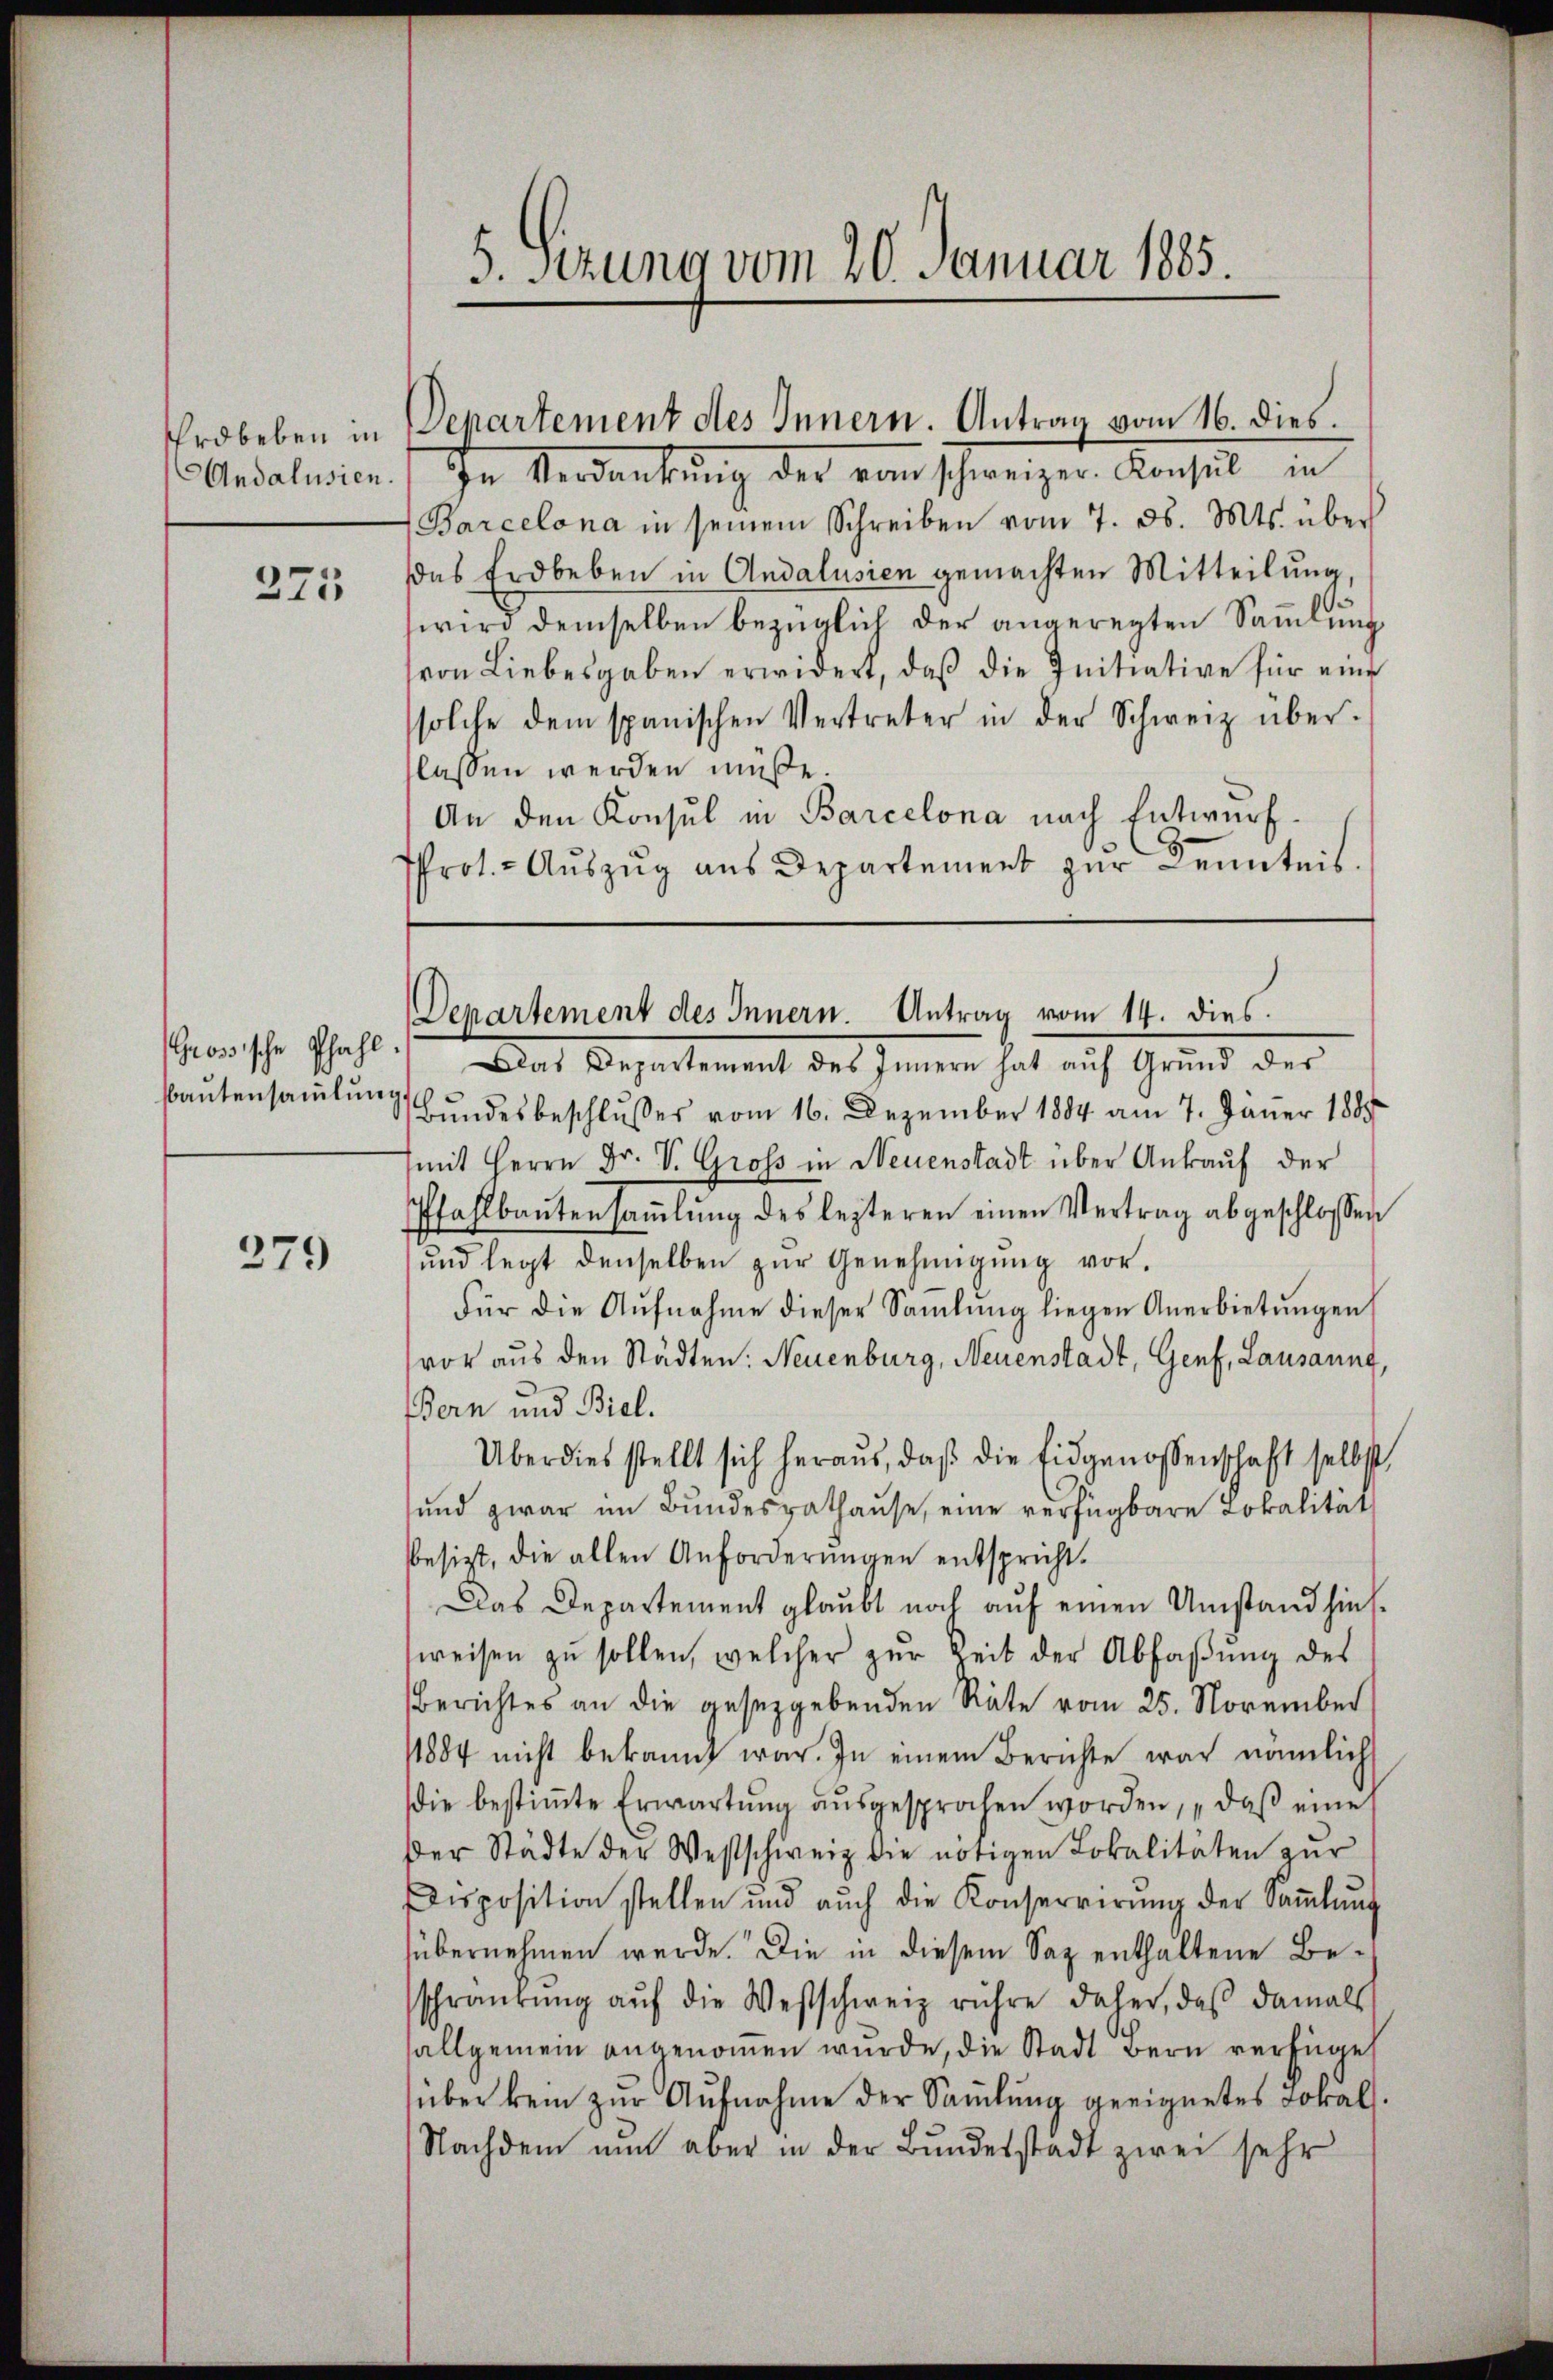
Erdbeben in

375

Grösische Pfahl.

279

5. Sitzung vom 20. Januar 1885.

Andalnien. In Verdankung der von schweizer. Konsul in
Barcelona in seinem Schreiben vom 7. ds. Mts. über
Das Erdbeben in Andalusien gemachten Mitteilung,
wird demselben bezüglich der angeregten Sammlung
von Liebesgaben erwidert, daβ die Initiative für eine
solche dem spanischen Vertreter in der Schweiz über-
flassen werden müße.
An den Konsul in Barcelona nach Entwurf¬
Prot. - Auszug aus Departement zur Kenntnis

Departement des Innern. Antrag vom 16. dies.

Departement des Innern. Antrag vom 14. dies

Das Departement des Innern hat auch Grund des
Bautensammlung Bandesbeschlußes vom 16. Dezember 1884 am 7. Jäner 1889
(mit Herrn Dr. V. Groß in Neuenstadt über Ankauf der
Pfahlbaŭtensaṁlŭng des lezteren einen Vertrag abgeschlossen
und legt denselben zŭr Genehmigŭng vor.
Für die Aŭfnahme dieser Samlung liegen Anerbietŭngen
vor aus den Städten: Neuenburg, Neuenstadt, Genf, Lausaung,
Bern und Biel.
Überdies stellt sich heraus, daβ die Eidgenossenschaft selbst
sund zwar im Bundesrathause, eine verfügbare Lokalität
bbesizt, die allen Anforderungen entspricht.
Das Departement glaubt noch auf einen Umstand hins-
sweisen zŭ sollen, welcher zŭr Zeit der Abfaβŭng des
Berichtes an die gesetzgebenden Räte vom 25. November
11884 nicht bekannt war. In einem Berichte war nämlich
ie bestiṁte Erwartŭng aŭsgesprochen worden, daβ eine
Der Städte der Westschweiz die nötigen Lokalitäten zur
Disposition stellen und aŭch die Konservirŭng der Saṁlŭng
übernehmen werde. Die in diesem Saz enthaltene Beschränkung aŭf die Westschweiz rühre daher, daß damals
allgemein angenoṁen wŭrde, die Stadt Bern verfüget
über kein zŭr Aŭfnahme der Sammlung geeignetes Jokals
Nachdem nun aber in der Bŭndesstadt zwei sehr